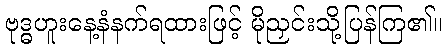
ဗုဒ္ဓဟူးနေ့နံနက်ရထားဖြင့် မိုညှင်းသို့ပြန်ကြ၏။